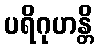
ပရိဂုဟန္တိ